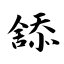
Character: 舔